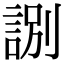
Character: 𧧸